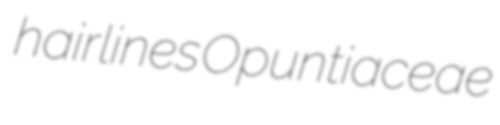
hairlines Opuntiaceae